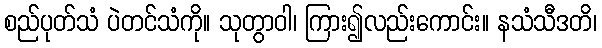
စည်ပုတ်သံ ပဲတင်သံကို။ သုတွာဝါ၊ ကြား၍လည်းကောင်း။ နသံသီဒတိ၊